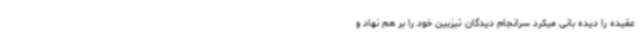
عقیده را دیده بانی میکرد سرانجام دیدگان تیزبین خود را بر هم نهاد و